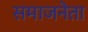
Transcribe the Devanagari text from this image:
समाजनेता